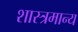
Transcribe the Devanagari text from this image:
शास्त्रमान्य